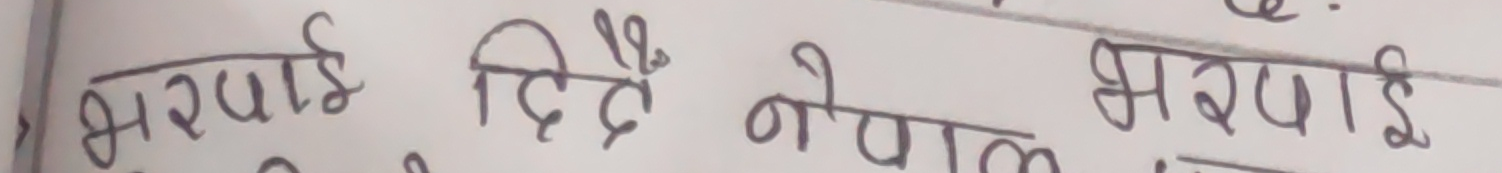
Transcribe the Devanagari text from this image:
भरपाई दिदै नेपाल भरपाई